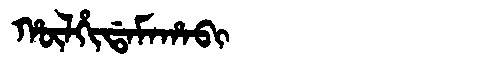
Manchu: ᡥᡡᠯᡥᡳᡩᠠᠮᠠᡥᠠᠪᡳ
Romanization: HŪLHIDAMAHABI